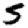
Digit: 5